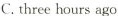
C. three hours ago